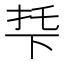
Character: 𬻙